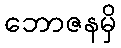
ဘောဇနမှိ